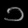
Digit: ၁